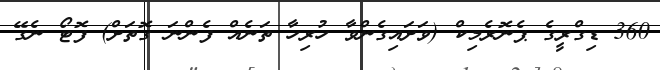
360 ޑިގްރީގެ ޕެނޮރެމިކް (ވަށައިގެންވާ ހުރިހާ ތަނެއް ފެންނަ ގޮތަށް) ފޮޓޯ ނެގޭ